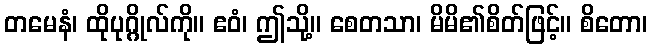
တမေနံ၊ ထိုပုဂ္ဂိုလ်ကို။ ဧဝံ၊ ဤသို့။ စေတသာ၊ မိမိ၏စိတ်ဖြင့်။ စိတော၊